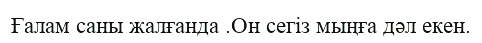
Ғалам саны жалғанда .Он сегіз мыңға дәл екен.